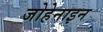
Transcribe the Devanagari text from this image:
जोहेनाइन